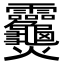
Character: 𬋣